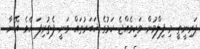
ޕަރިނީތީ މި ފިލްމުން ވަކިވެއްޖެ ކަމުގެ ޚަބަރުތައް ވަނީ ފެތުރިފަ އެވެ. އޭނާ